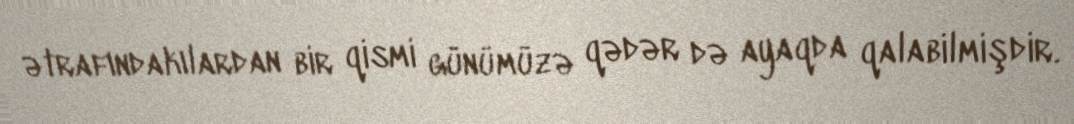
ətrafındakılardan bir qismi günümüzə qədər də ayaqda qalabilmişdir.